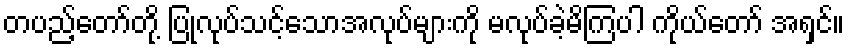
တပည့်တော်တို့ ပြုလုပ်သင့်သောအလုပ်များကို မလုပ်ခဲ့မိကြပါ ကိုယ်တော် အရှင်။